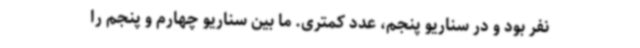
نفر بود و در سناریو پنجم، عدد کمتری. ما بین سناریو چهارم و پنجم را